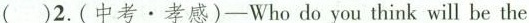
( )2.(中考·孝感)-Who do you think will be the